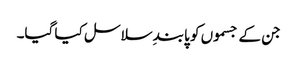
جن کے جسموں کو پابندِ سلاسل کیا گیا۔